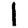
Digit: 1